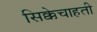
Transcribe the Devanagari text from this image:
सिक्केचाहती